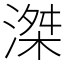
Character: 滐